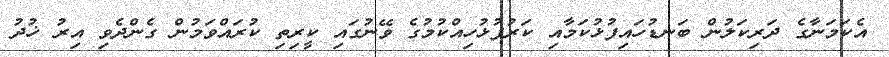
އެކަމަނާގެ ދަރިކަލުން ބަނޑުހައިފުޅުކަމާއި ކަރުފުޅުހިއްކުމުގެ ވޭނުގައި ކީރިތި ކުރައްވަމުން ގެންދެވި އިރު ޚުދު